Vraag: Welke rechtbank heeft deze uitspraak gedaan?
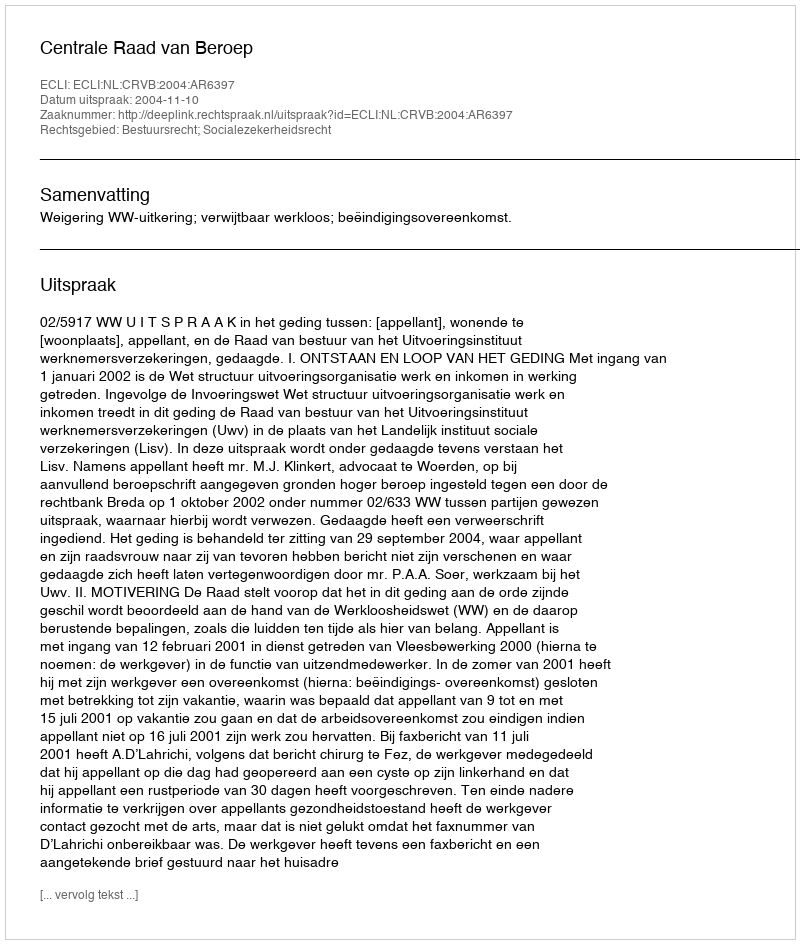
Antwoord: Centrale Raad van Beroep